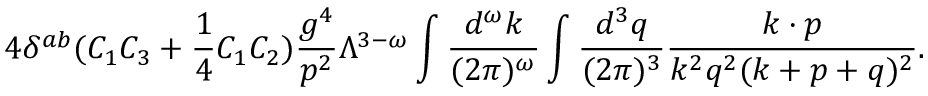
4 \delta ^ { a b } ( C _ { 1 } C _ { 3 } + { \frac { 1 } { 4 } } C _ { 1 } C _ { 2 } ) { \frac { g ^ { 4 } } { p ^ { 2 } } } \Lambda ^ { 3 - \omega } \int { \frac { d ^ { \omega } k } { ( 2 \pi ) ^ { \omega } } } \int { \frac { d ^ { 3 } q } { ( 2 \pi ) ^ { 3 } } } { \frac { k \cdot p } { k ^ { 2 } q ^ { 2 } ( k + p + q ) ^ { 2 } } } .